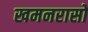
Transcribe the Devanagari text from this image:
खमनरासो